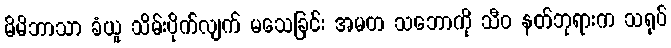
မိမိဘာသာ ခံယူ သိမ်းပိုက်လျက် မသေခြင်း အမတ သဘောကို သီဝ နတ်ဘုရားက သရုပ်